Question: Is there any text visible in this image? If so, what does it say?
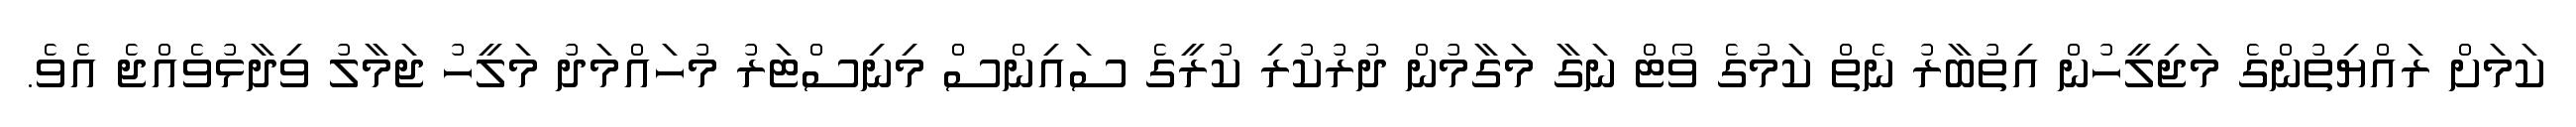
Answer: ކަމަށް ރައްޔިތުންގެ މަޖިލީހުން އިތުބާރު ނެތް ކަމުގެ ވޯޓް ނަގާ މަގާމުން ދުރުކުރި ކުރީގެ ސައިންސް މިނިސްޓަރު މުހައްމަދު މަލީހު ޖަމާލު ވިދާޅުވެއްޖެ އެވެ.